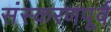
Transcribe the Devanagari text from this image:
संस्करणपूर्व